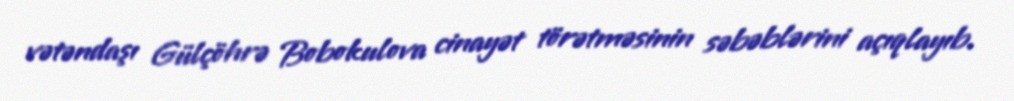
vətəndaşı Gülçöhrə Bobokulova cinayət törətməsinin səbəblərini açıqlayıb.